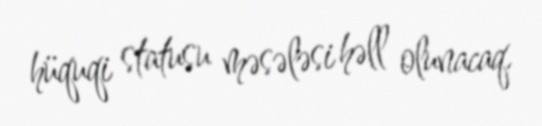
hüquqi statusu məsələsi həll olunacaq.